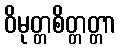
ဝိမုတ္တစိတ္တတ္တာ